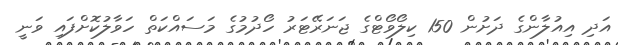
އަދި އިއުލާންގެ ދަށުން 150 ކިލޯވޯޓްގެ ޖަނަރޭޓަރު ހޯދުމުގެ މަސައްކަތް ހަވާލުކޮށްފައި ވަނީ